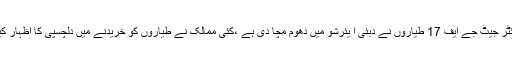
2015ء) پاکستان اور چین کی مشترکہ کاوشوں سے تیار کردہ فائٹر جیٹ جے ایف 17 طیاروں نے دبئی ا یئرشو میں دھوم مچا دی ہے ،کئی ممالک نے طیاروں کو خریدنے میں دلچسپی کا اظہار کیا ہے جبکہ خریداری کے معاہدے پربھی دستخط بھی ہوگئے ہیں۔